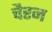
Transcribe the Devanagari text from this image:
चैरन